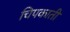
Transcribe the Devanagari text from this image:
चिपकाती